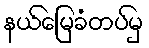
နယ်မြေခံတပ်မှ